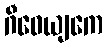
ဂီဝေယျကေ